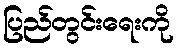
ပြည်တွင်းရေးကို